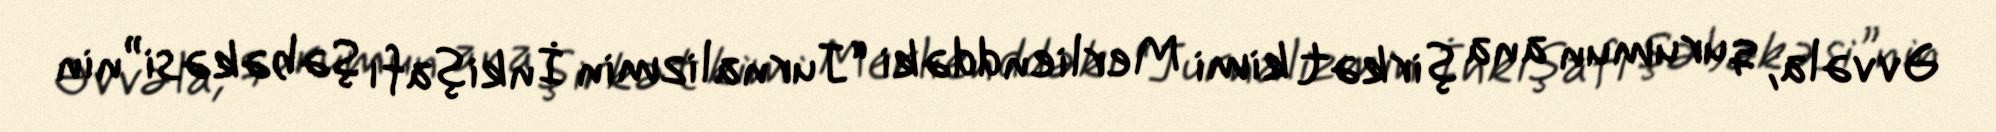
Əvvəla, qurumun ana şirkət kimi Merlienddəki “Jurnalizmin İnkişafı Şəbəkəsi”nin